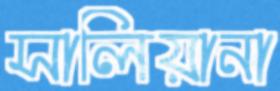
সালিয়ানা